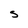
Character: S